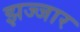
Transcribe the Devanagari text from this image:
झज्जार